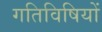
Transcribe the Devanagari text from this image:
गतिविषियों